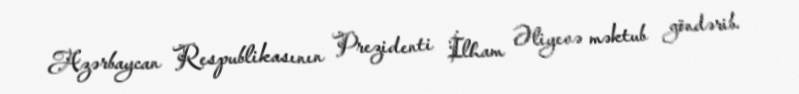
Azərbaycan Respublikasının Prezidenti İlham Əliyevə məktub göndərib.